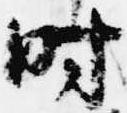
時